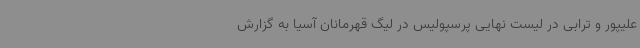
علیپور و ترابی در لیست نهایی پرسپولیس‌ در لیگ قهرمانان آسیا به گزارش